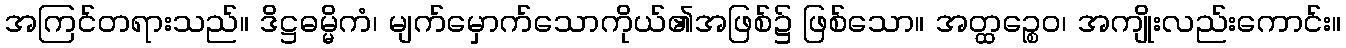
အကြင်တရားသည်။ ဒိဋ္ဌဓမ္မိကံ၊ မျက်မှောက်သောကိုယ်၏အဖြစ်၌ ဖြစ်သော။ အတ္ထဉ္စေဝ၊ အကျိုးလည်းကောင်း။